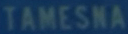
TAMESNA